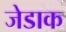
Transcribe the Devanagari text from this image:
जेडाक